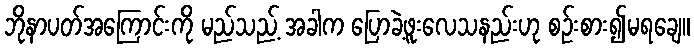
ဘိုနာပတ်အကြောင်းကို မည်သည့် အခါက ပြောခဲ့ဖူးလေသနည်းဟု စဉ်းစား၍မရချေ။